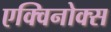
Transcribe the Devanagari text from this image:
एक्विनोक्स